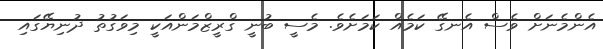
އެންމެނަށް ވެސް އެނގޭ ކަމެއް ކަމަށެވެ. މެސީ ބުނީ ގްރީޒްމަންއަކީ މިވަގުތު ދުނިޔޭގައި